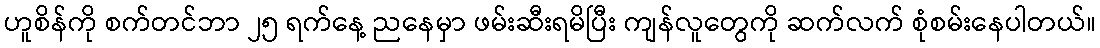
ဟူစိန်ကို စက်တင်ဘာ ၂၅ ရက်နေ့ ညနေမှာ ဖမ်းဆီးရမိပြီး ကျန်လူတွေကို ဆက်လက် စုံစမ်းနေပါတယ်။